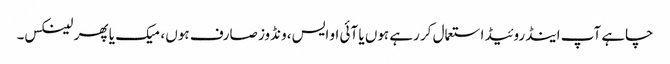
چاہے آپ اینڈروئیڈ استعمال کر رہے ہوں یا آئی او ایس، ونڈوز صارف ہوں ، میک یا پھر لینکس۔